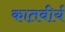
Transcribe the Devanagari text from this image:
कातवीर्य